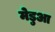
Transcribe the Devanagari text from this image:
मेडुआ